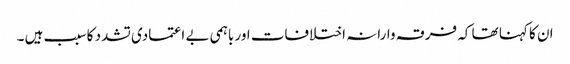
ان کا کہنا تھا کہ فرقہ وارانہ اختلافات اور باہمی بے اعتمادی تشدد کا سبب ہیں ۔